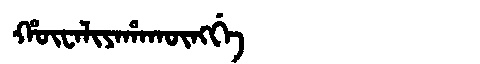
Manchu: ᡥᡡᠸᠠᠯᡳᠶᠠᡥᠠᡴᡡᠩᡤᡝ
Romanization: HŪWALIYAHAKŪNGGE